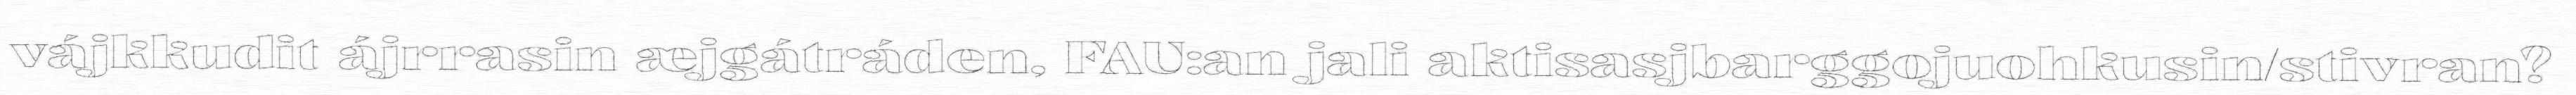
vájkkudit ájrrasin æjgátráden, FAU:an jali aktisasjbarggojuohkusin/stivran?